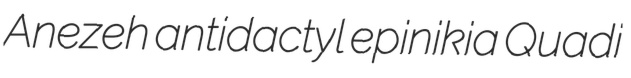
Anezeh antidactyl epinikia Quadi